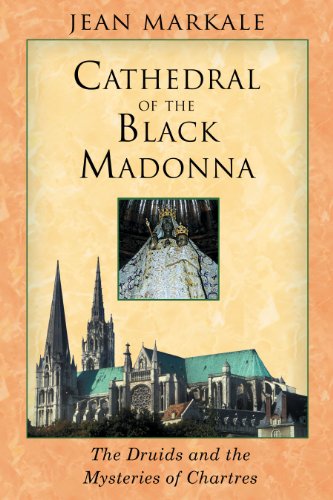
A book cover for Cathedral of the Black Madonna: The Druids and the Mysteries of Chartres; Jean Markale; Literature & Fiction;